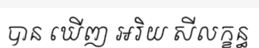
បាន ឃើញ អរិយ សីលក្ខន្ធ